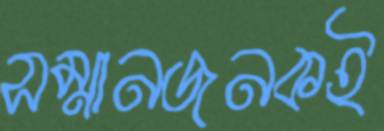
সম্মানজনকই